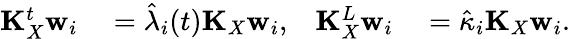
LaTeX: \begin{array}{rlrl}{\mathbf{K}_{X}^{t}\mathbf{w}_{i}}&{{}=\hat{\lambda}_{i}(t)\mathbf{K}_{X}\mathbf{w}_{i},}&{\mathbf{K}_{X}^{L}\mathbf{w}_{i}}&{{}=\hat{\kappa}_{i}\mathbf{K}_{X}\mathbf{w}_{i}.}\end{array}